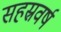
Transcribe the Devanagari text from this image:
सहस्रवर्ष